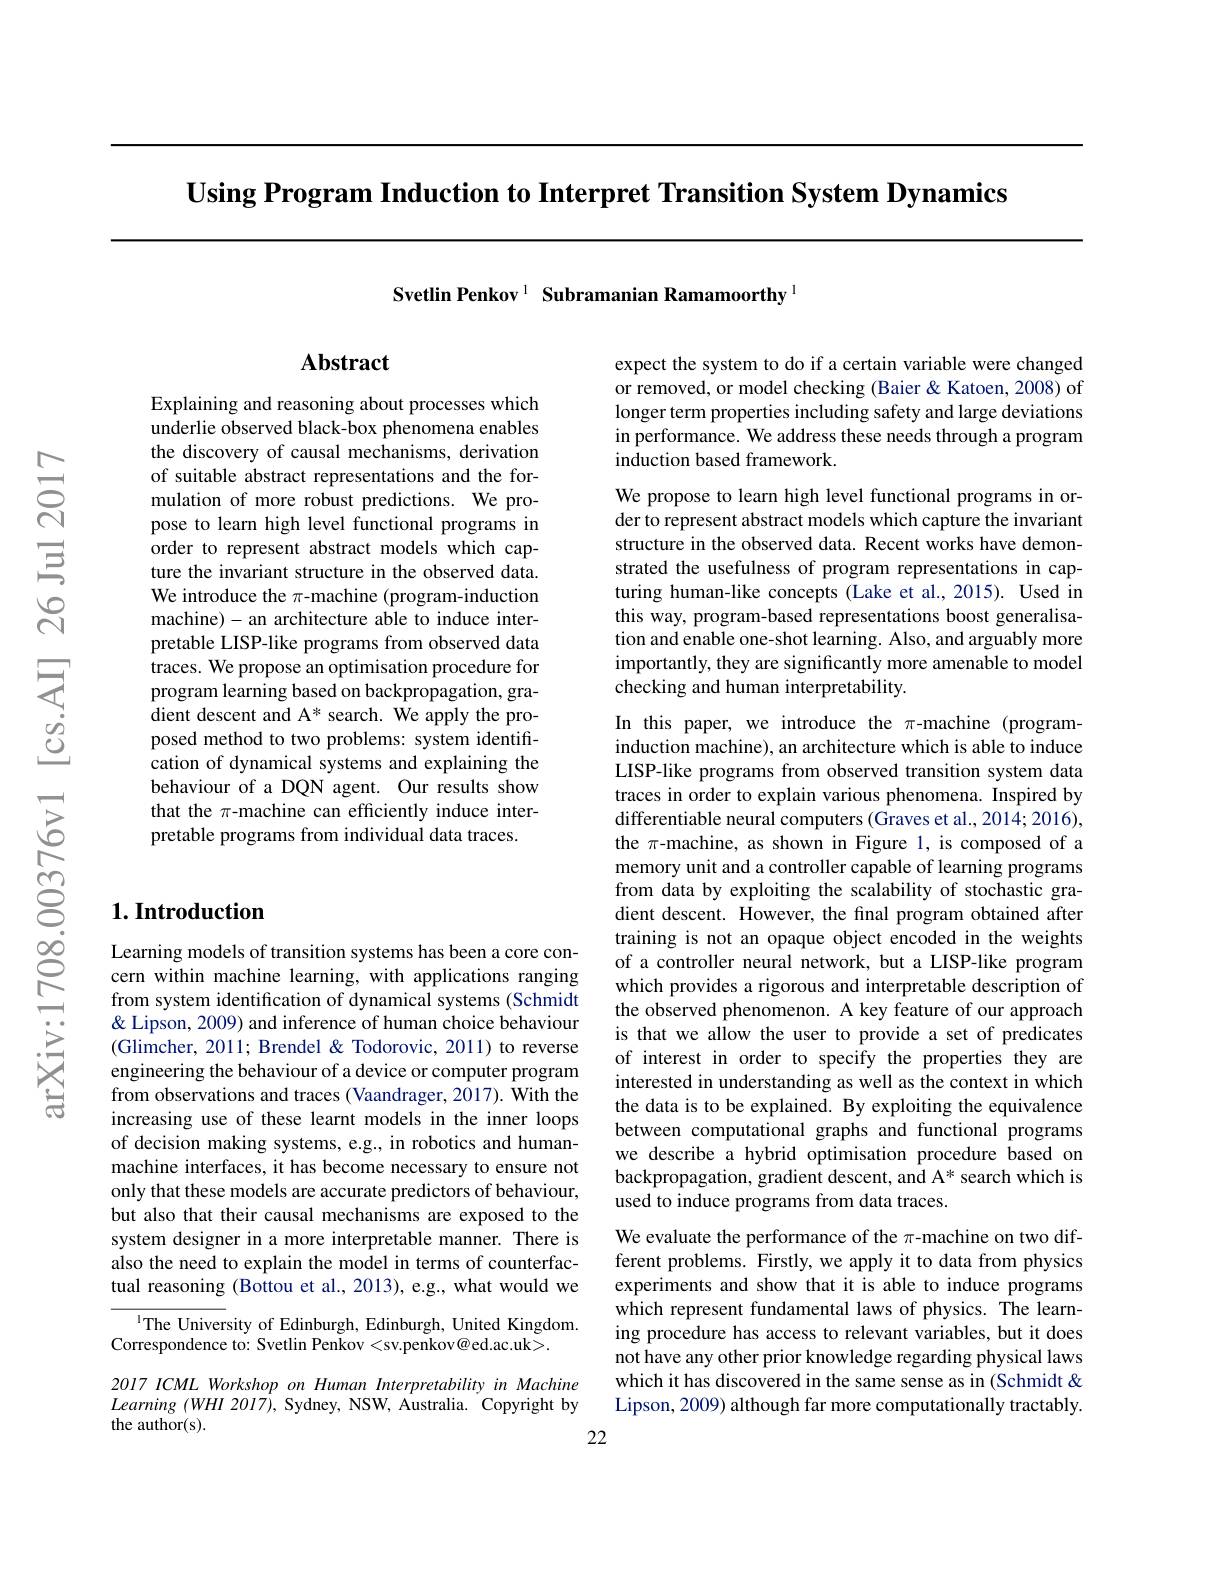
Using Program Induction to Interpret Transition System Dynamics

Svetlin Penkov$^{1}$ Subramanian Ramamoorthy$^{1}$

## Abstract

Explaining and reasoning about processes which underlie observed black-box phenomena enables the discovery of causal mechanisms, derivation of suitable abstract representations and the formulation of more robust predictions. We propose to learn high level functional programs in order to represent abstract models which capture the invariant structure in the observed data. We introduce the $\pi$-machine (program-induction machine)- an architecture able to induce interpretable LISP-like programs from observed data traces. We propose an optimisation procedure for program learning based on backpropagation, gradient descent and A* search. We apply the proposed method to two problems: system identification of dynamical systems and explaining the behaviour of a DQN agent. Our results show that the $\pi$-machine can efficiently induce interpretable programs from individual data traces.

## $1. \textbf{Introduction}$

Learning models of transition systems has been a core concern within machine learning, with applications ranging from system identification of dynamical systems (Schmidt & Lipson, 2009) and inference of human choice behaviour (Glimcher, 2011; Brendel& Todorovic, 2011) to reverse engineering the behaviour of a device or computer program from observations and traces (Vaandrager, 2017). With the increasing use of these learnt models in the inner loops of decision making systems, e.g., in robotics and humanmachine interfaces, it has become necessary to ensure not only that these models are accurate predictors of behaviour, but also that their causal mechanisms are exposed to the system designer in a more interpretable manner. There is also the need to explain the model in terms of counterfactual reasoning (Bottou et al., 2013), e.g., what would we

$^{\text{l}}$The University of Edinburgh, Edinburgh, United Kingdom.
Correspondence to: Svetlin Penkov <sv.penkov@ed.ac.uk>.

2017 ICML Workshop on Human Interpretability in Machine $Learning~(WHI~20I7),~$Sydney, NSW, Australia. Copyright by the author(s).
22

expect the system to do if a certain variable were changed or removed, or model checking (Baier & Katoen, 2008) of longer term properties including safety and large deviations in performance. We address these needs through a program induction based framework.

We propose to learn high level functional programs in order to represent abstract models which capture the invariant structure in the observed data. Recent works have demonstrated the usefulness of program representations in capturing human-like concepts (Lake et al.,2015). Used in this way, program-based representations boost generalisation and enable one-shot learning. Also, and arguably more importantly, they are significantly more amenable to model checking and human interpretability.

In this paper, we introduce the $\pi$-machine(programinduction machine), an architecture which is able to induce LISP-like programs from observed transition system data traces in order to explain various phenomena. Inspired by differentiable neural computers (Graves et al., 2014; 2016), the $\pi$-machine, as shown in Figure 1, is composed of a memory unit and a controller capable of learning programs from data by exploiting the scalability of stochastic gradient descent. However, the final program obtained after training is not an opaque object encoded in the weights of a controller neural network, but a LISP-like program which provides a rigorous and interpretable description of the observed phenomenon. A key feature of our approach is that we allow the user to provide a set of predicates of interest in order to specify the properties they are interested in understanding as well as the context in which the data is to be explained. By exploiting the equivalence between computational graphs and functional programs we describe a hybrid optimisation procedure based on backpropagation, gradient descent, and A* search which is used to induce programs from data traces.
We evaluate the performance of the $\pi$-machine on two different problems. Firstly, we apply it to data from physics experiments and show that it is able to induce programs

which represent fundamental laws of physics. The learning procedure has access to relevant variables, but it does not have any other prior knowledge regarding physical laws which it has discovered in the same sense as in (Schmidt & Lipson, 2009) although far more computationally tractably.